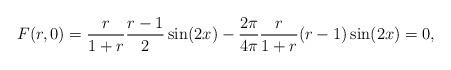
LaTeX: \begin{align*}F(r,0) & = \frac{r}{1+r} \frac{r-1}{2} \sin(2x) - \frac{2\pi}{4\pi}\frac{r}{1+r} (r-1) \sin(2x) = 0,\end{align*}